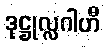
ဒုဋ္ဌုလ္လဂါဟီ